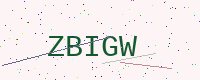
Text: ZBIGW